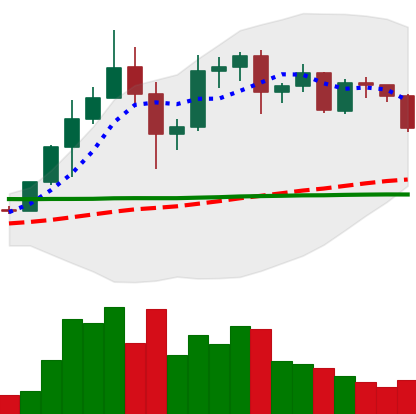
Ticker: ADA-USD
Chart end date: 2020-12-08
Forward return: 9.25%
Label: up_7plus